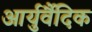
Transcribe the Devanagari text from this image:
आर्युर्वैदिक